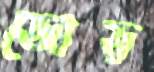
জোড়